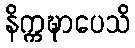
နိက္ကဍ္ဎာပေသိ